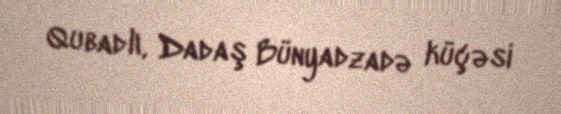
Qubadlı, Dadaş Bünyadzadə küçəsi